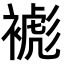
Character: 𧜺